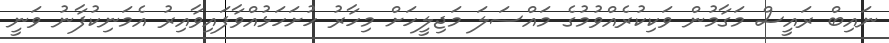
ނައިބް ރައީސް މަގާމުން ވަކިކުރެއްވުމުގެ މައްސަލަ މަޖިލީހަށް މިހާރު ހުށަހަޅުއްވާފައިވާއިރު އެމަނިކުފާނު ވަނީ